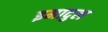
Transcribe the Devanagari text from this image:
इमादुल